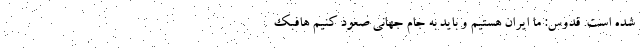
شده است. قدوس: ما ایران هستیم و باید به جام جهانی صعود کنیم هافبک